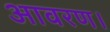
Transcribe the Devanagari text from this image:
आवरण।